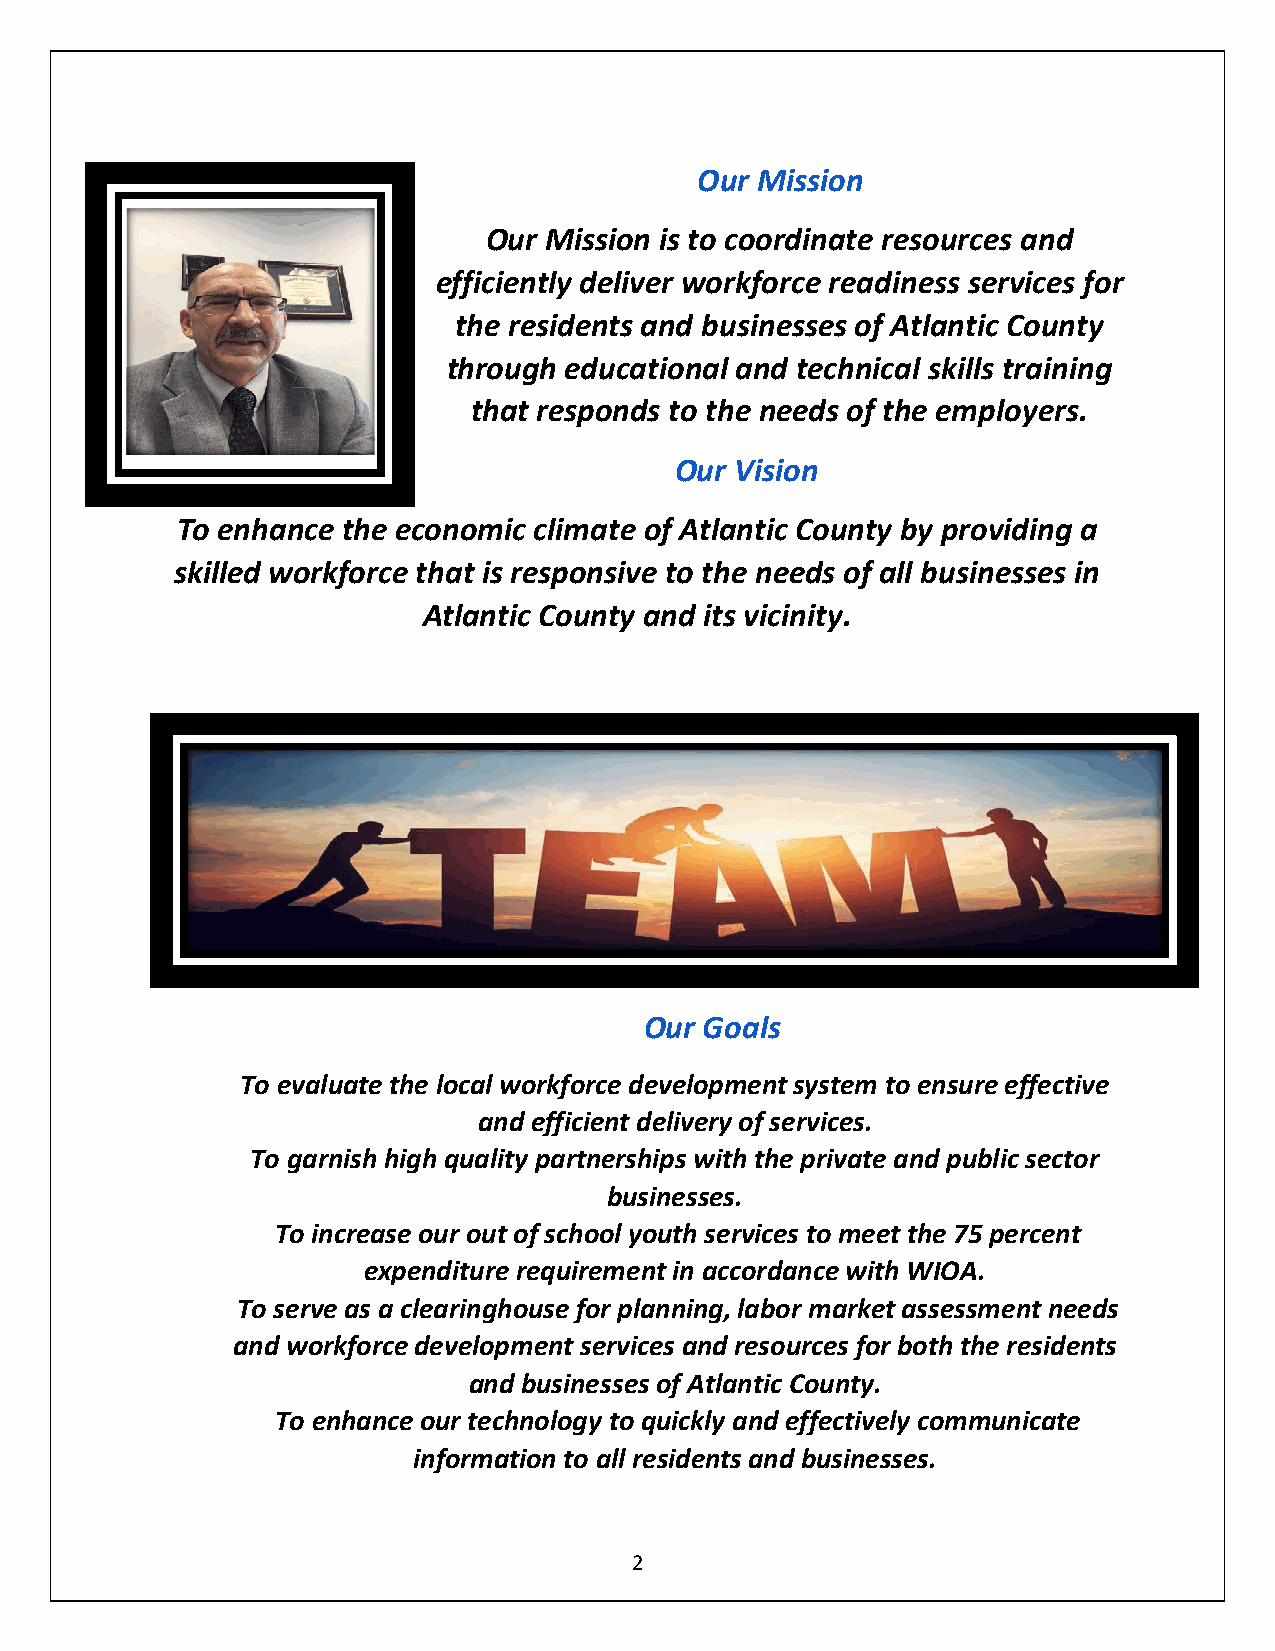
Our Mission
 Our Mission is to coordinate resources and
 efficiently deliver workforce readiness services for
 the residents and businesses of Atlantic County
 through educational and technical skills training
 that responds to the needs of the employers.
 Our Vision
 To enhance the economic climate of Atlantic County by providing a
 skilled workforce that is responsive to the needs of all businesses in
 Atlantic County and its vicinity.
 Our Goals
 To evaluate the local workforce development system to ensure effective
 and efficient delivery of services.
 To garnish high quality partnerships with the private and public sector
 businesses.
 To increase our out of school youth services to meet the 75 percent
 expenditure requirement in accordance with WIOA.
 To serve as a clearinghouse for planning, labor market assessment needs
 and workforce development services and resources for both the residents
 and businesses of Atlantic County.
 To enhance our technology to quickly and effectively communicate
 information to all residents and businesses.
 2